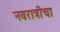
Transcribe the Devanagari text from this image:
नवरात्रीचा